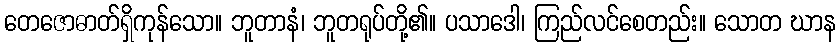
တေဇောဓာတ်ရှိကုန်သော။ ဘူတာနံ၊ ဘူတရုပ်တို့၏။ ပသာဒေါ၊ ကြည်လင်စေတည်း။ သောတ ဃာန